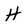
Character: H